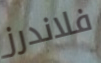
فلاندرز